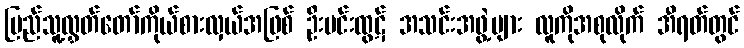
ပြည်သူ့လွှတ်တော်ကိုယ်စားလှယ်အဖြစ် ဦးမင်းထွဋ် အသင်းအဖွဲ့များ လူကိုအစုလိုက် အီရတ်တွင်